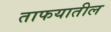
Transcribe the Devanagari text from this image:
ताफयातील